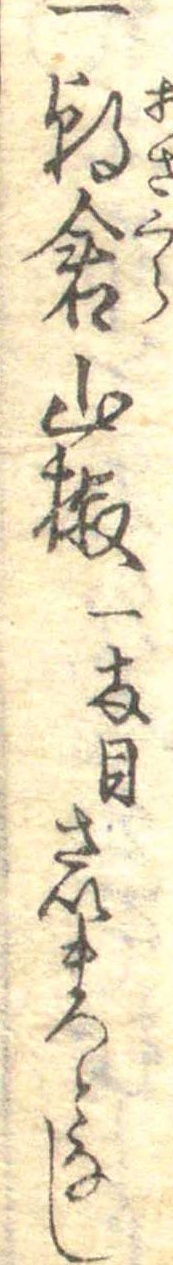
一朝倉山椒一両目さいまっとなし